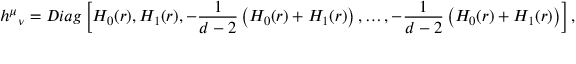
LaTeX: { h ^ { \mu } } _ { \nu } = D i a g \left[ H _ { 0 } ( r ) , H _ { 1 } ( r ) , - \frac { 1 } { d - 2 } \left( H _ { 0 } ( r ) + H _ { 1 } ( r ) \right) , \ldots , - \frac { 1 } { d - 2 } \left( H _ { 0 } ( r ) + H _ { 1 } ( r ) \right) \right] ,